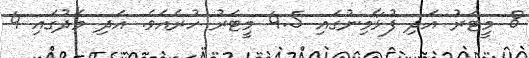
8 މީޓަރު އަދި ފުޅާމިނުގައި 4.5 މީޓަރު ހުރެއެވެ. އަދި މެދުގައި 4